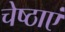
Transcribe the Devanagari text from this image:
चेष्ठाएं